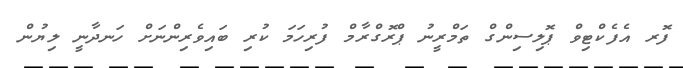
ފޮރ އެފެކްޓިވް ޕޮލިސިންގް ތަމްރީނު ޕްރޮގްރާމް ފުރިހަމަ ކުރި ބައިވެރިންނަށް ހަނދާނީ ލިޔުން